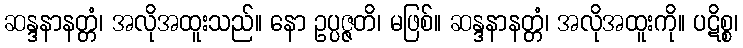
ဆန္ဒနာနတ္တံ၊ အလိုအထူးသည်။ နော ဥပ္ပဇ္ဇတိ၊ မဖြစ်။ ဆန္ဒနာနတ္တံ၊ အလိုအထူးကို။ ပဋိစ္စ၊